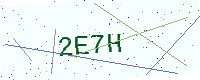
Text: 2E7H